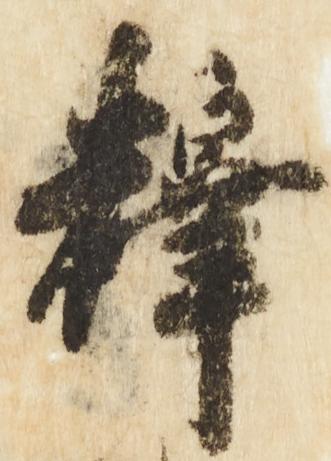
釈